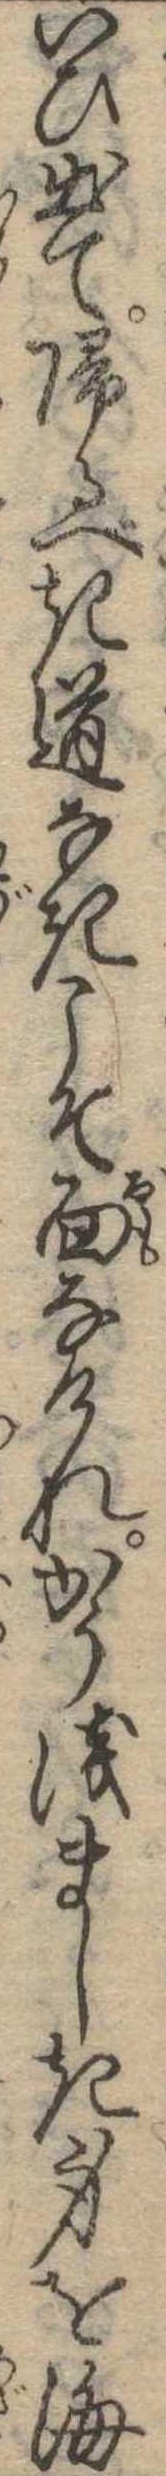
いひ出て帰るべき道なきこそ面なけれかう浅ましき身を海